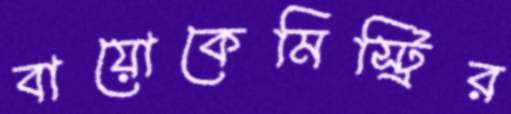
বায়োকেমিস্ট্রির